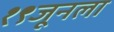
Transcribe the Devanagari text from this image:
१९जूनला